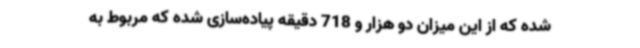
شده که از این میزان دو هزار و 718 دقیقه پیاده‌سازی شده که مربوط به